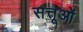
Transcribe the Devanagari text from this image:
सत्तूओं